Indian journal of veterinary science and animal husbandry - Volumes 22-23, 1952-1953
Year: 1952
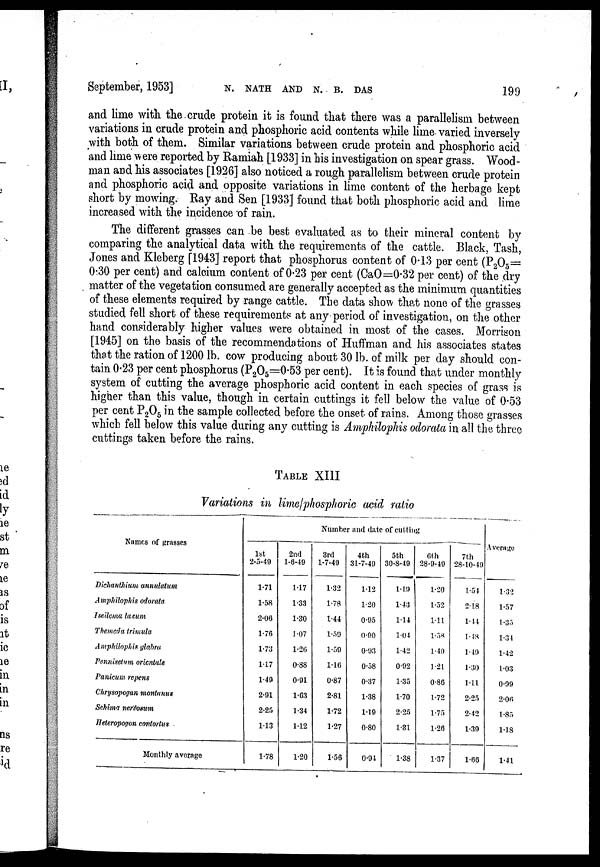
September, 1953]
N.
NATH
AND
N.
B.
DAS
199
and lime with the crude protein it is found that there was a parallelism between
variations in crude protein and phosphoric acid contents while lime. varied inversely
with both of them. Similar variations between crude protein and phosphoric acid
and lime were reported by Ramiah [1933] in his investigation on spear grass. Wood-
man and his associates [1926] also noticed a rough parallelism between crude protein
and phosphoric acid and opposite variations in lime content of the herbage kept
short by mowing. Ray and Sen [1933] found that both phosphoric acid and lime
increased with the incidence of rain.
The different grasses can be best evaluated as to their mineral content by
comparing the analytical data with the requirements of the cattle. Black, Tash,
Jones and Kleberg [1943] report that phosphorus content of 0.13 per cent (P 2 0 5 =
0.30 per cent) and calcium content of 0.23 per cent (CaO=0.32 per cent) of the dry
matter of the vegetation consumed are generally accepted as the minimum quantities
of these elements required by range cattle. The data show that none of the grasses
studied fell short of these requirements at any period of investigation, on the other
hand considerably higher values were obtained in most of the cases. Morrison
[1945] on the basis of the recommendations of Huffman and his associates states
that the ration of 1200 lb. cow producing about 30 lb. of milk per day should con-
tain 0.23 per cent phosphorus (P 2 O 5 =0.53 per cent). It is found that under monthly
system of cutting the average phosphoric acid content in each species of grass is
higher than this value, though in certain cuttings it fell below the value of 0.53
per cent P 2 0 5 in the sample collected before the onset of rains. Among those grasses
which fell below this value during any cutting is Amphilophis odorata in all the three
cuttings taken before the rains.
TABLE XIII
Variations in lime/phosphoric acid ratio
Names of grasses
Dichanthium annulatum
Amphilophis odorata
Iseilcma lacum
Themeda trimula
Amphilophis glabra
Pennisetum orientale
Panicum repens
Chrysopogan montanus
Sehima nervosum
Heteropogon contortus
Monthly average
Number and date of cutting
1st
2-5-49
1.71
1.58
2.06
1.76
1.73
1.17
1.49
2.91
2.25
1.13
1.78
2nd
1-6-49
1.17
1.33
1.30
1.07
1.26
0.88
0.91
1.63
1.34
1.12
1.20
3rd
1-7-49
1.32
1.78
1.44
1.59
1.59
1.16
0.87
2.81
1.72
1.27
1.56
4th
31-7-49
1.12
1.20
0.95
0.90
0.93
0.58
0.37
1.38
1.19
0.80
0.94
5th
30-8-49
1.19
1.43
1.14
1.04
1.42
0.92
1.35
1.70
2.25
1.31
1.38
6th
28-9-49
1.20
1.52
1.11
1.58
1.49
1.21
0.86
1.72
1.75
1.26
1.37
7th
28-10-49
1.54
2.18
1.44
1.48
1.49
1.30
1.11
2.25
2.42
1.39
1.66
Average
1.32
1.57
1.35
1.34
1.42
1.03
0.99
2.06
1.85
1.18
1.41